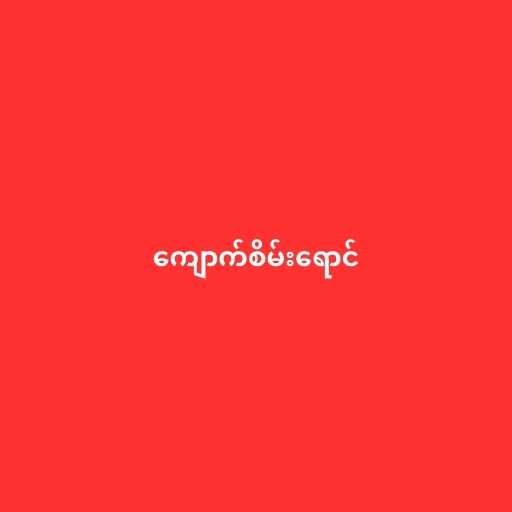
ကျောက်စိမ်းရောင်